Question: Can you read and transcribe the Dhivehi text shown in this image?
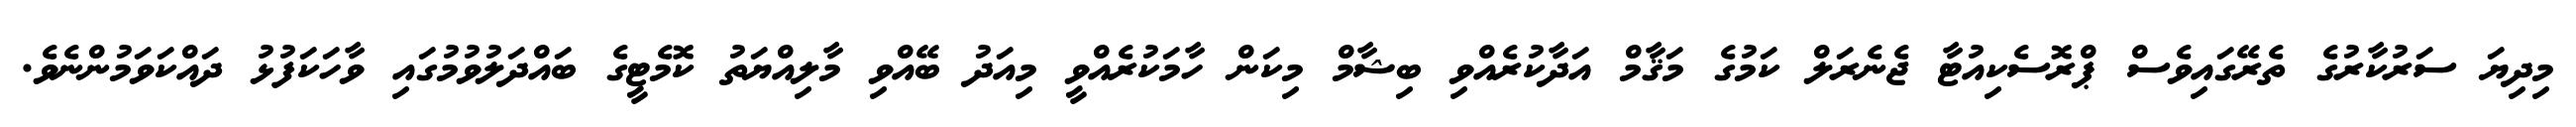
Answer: މިދިޔަ ސަރުކާރުގެ ތެރޭގައިވެސް ޕްރޮސެކިއުޓާ ޖެނެރަލް ކަމުގެ މަޤާމް އަދާކުރެއްވި ބިޝާމް މިކަން ހާމަކުރެއްވީ މިއަދު ބޭއްވި މާލިއްޔަތު ކޮމެޓީގެ ބައްދަލުވުމުގައި ވާހަކަފުޅު ދައްކަވަމުންނެވެ.